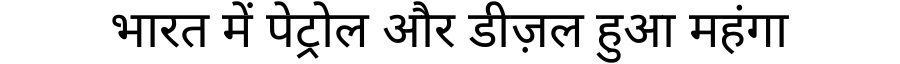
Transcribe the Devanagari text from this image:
भारत में पेट्रोल और डीज़ल हुआ महंगा